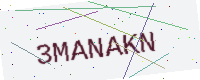
Text: 3MANAKN